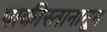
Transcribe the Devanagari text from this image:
पाकीस्तानातून